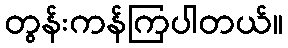
တွန်းကန်ကြပါတယ်။